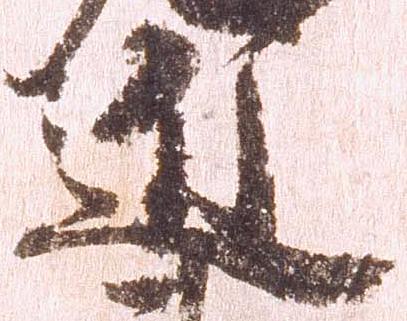
近